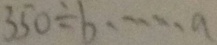
3 5 0 \div b \cdots a